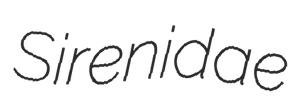
Sirenidae